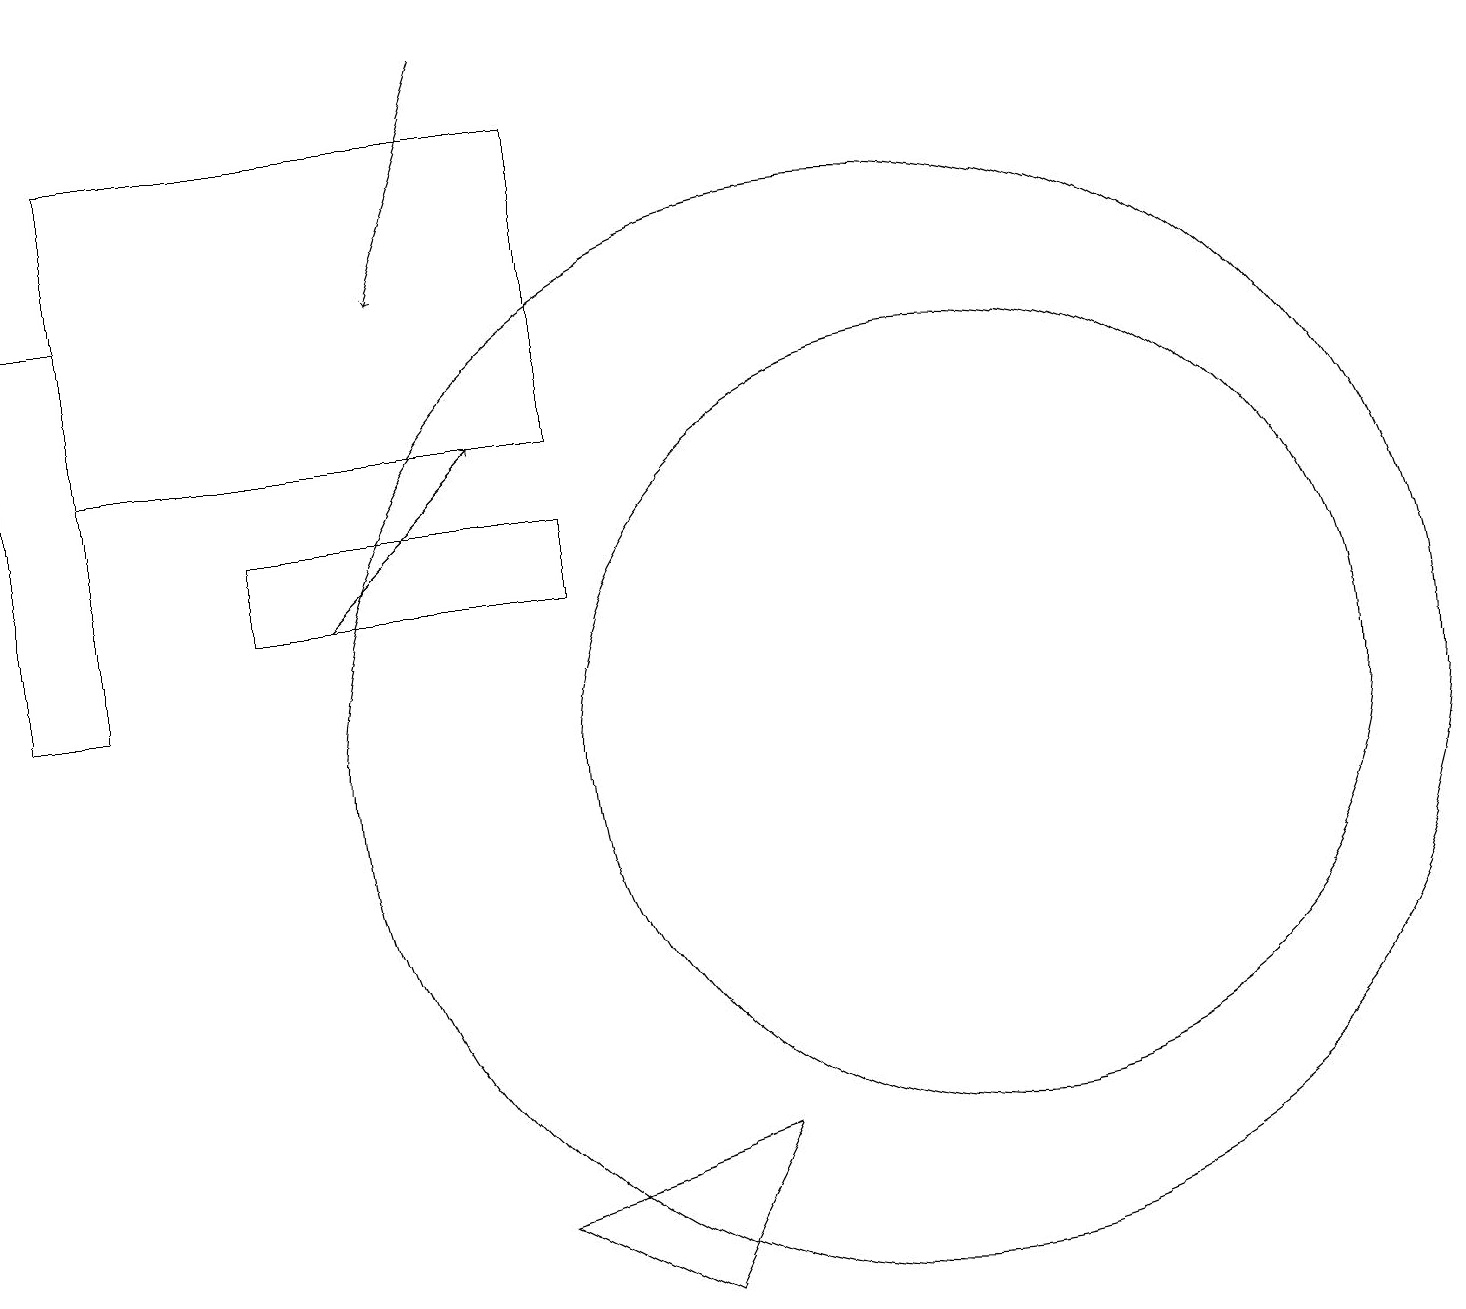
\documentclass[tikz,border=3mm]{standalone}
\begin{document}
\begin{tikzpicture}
\draw (11,10) circle (7);
\draw (9,5) -- (6,4) -- (8,3) -- cycle;
\draw (3,13) rectangle (7,12);
\draw[->] (6,19) -- (5,16);
\draw (12,10) circle (5);
\draw[->] (4,12) -- (6,14);
\draw (7,18) rectangle (1,14);
\draw (1,16) rectangle (0,11);
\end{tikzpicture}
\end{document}